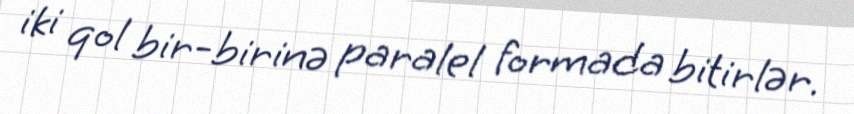
iki qol bir-birinə paralel formada bitirlər.